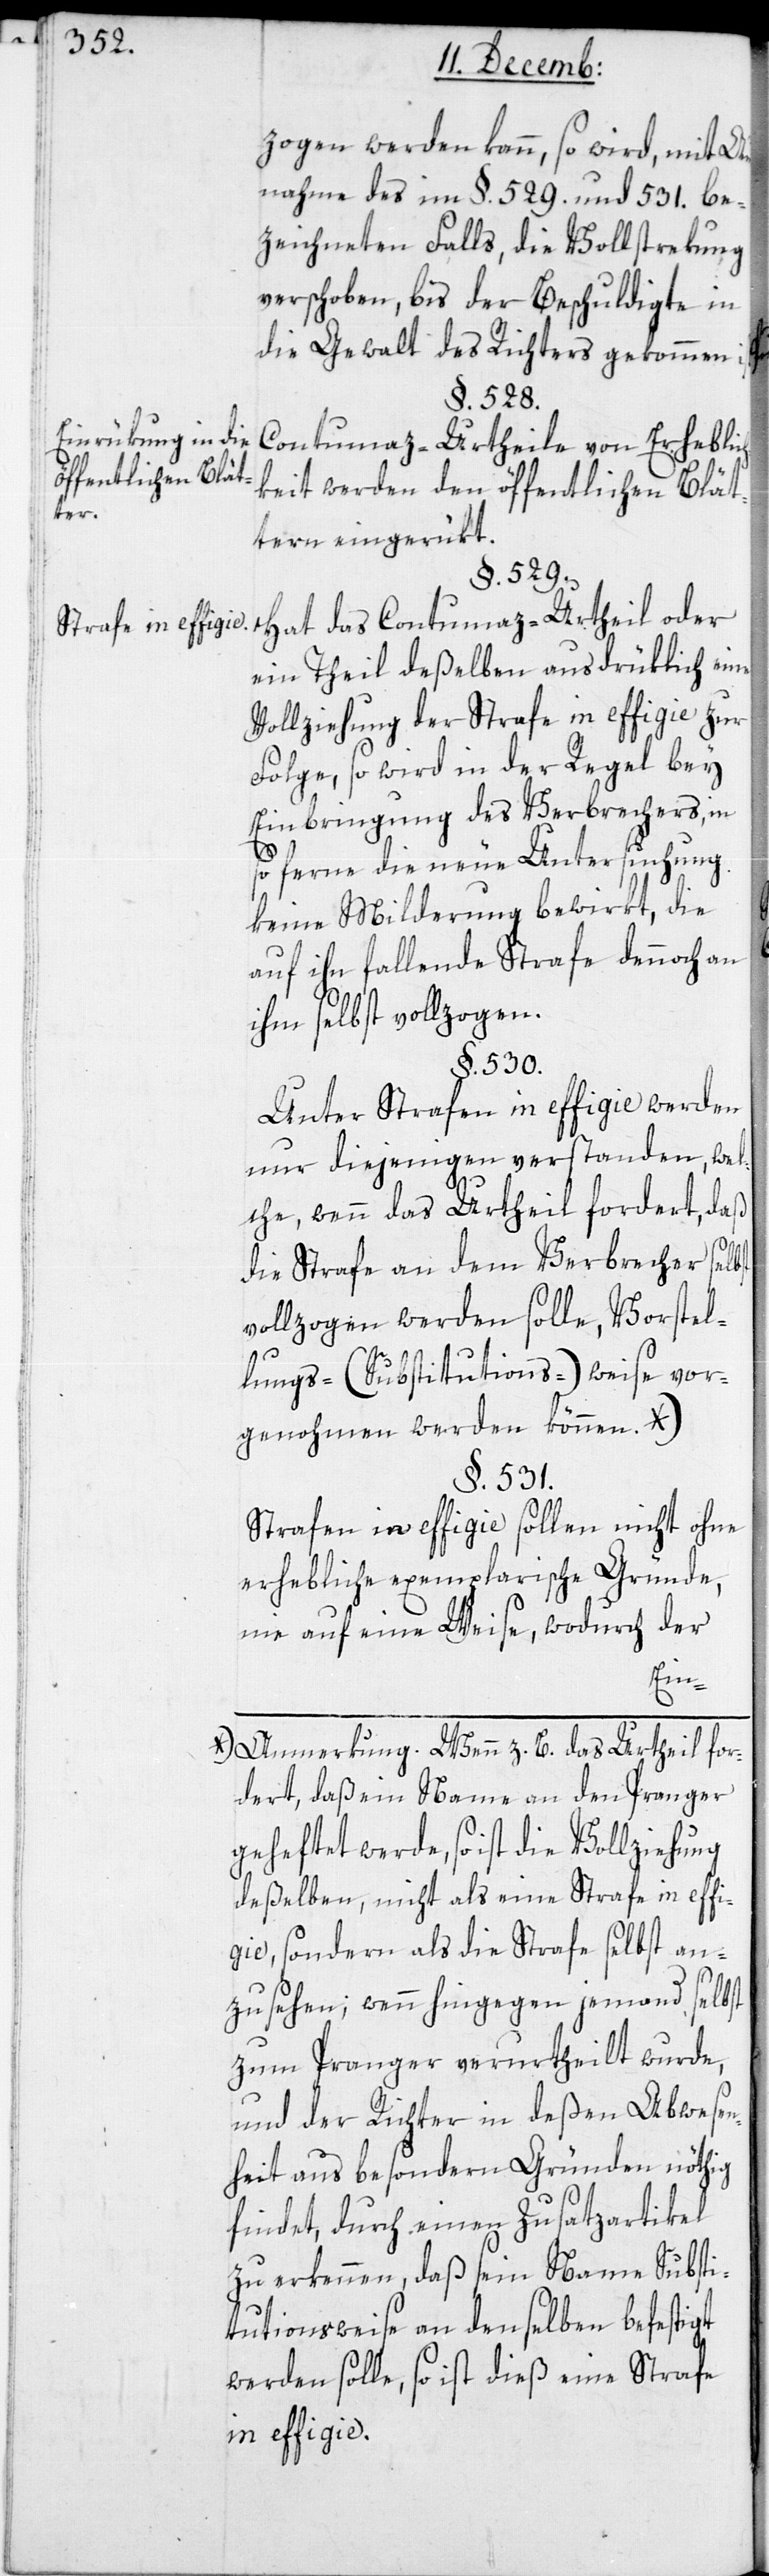
Einrükung in die
öffentlichen Blät¬
ter.
Strafe in effigie.

zogen werden kann, so wird mit Aus¬
nahme des im §. 529. und 531. be¬
zeichneten Falls, die Vollstrekung
verschoben, bis der Beschuldigte in
die Gewalt des Richters gekommen ist.
§. 530.
Contumaz-Urtheile von Erhebli¬
keit werden den öffentlichen Blät¬
tern eingerükt.
§. 529.
Hat das Contumaz-Urtheil oder
ein Theil deßelben ausdrüklich eine
Vollziehung der Strafe in effigie zur
Folge, so wird in der Regel bey
Einbringung des Verbrechers, in
so ferne die neue Untersuchung
keine Milderung bewirkt, die
auf ihn fallende Strafe dennoch an
ihm selbst vollzogen.
Unter Strafen in effigie werden
nur diejenigen verstanden, wel¬
che, wenn das Urtheil fordert, daß
die Strafe an dem Verbrecher selbst
vollzogen werden solle, Vorstel¬
lungs- (Substitutions-) weise vor¬
genohmen werden können. *)
§. 531.
Strafen in effigie sollen nicht ohne
erhebliche exemplarische Gründe,
nie auf eine Weise, wodurch der
ch¬
*) Anmerkung. Wenn z. B. das Urtheil for¬
dert, daß ein Name an den Pranger
deßelben, nicht als eine Strafe in effi¬
gie, sondern als die Strafe selbst an¬
zusehen; wenn hingegen jemand selbst
zum Pranger verurtheilt wurde,
und der Richter in deßen Abwesen¬
heit aus besondern Gründen nöthig
findet, durch einen Zusatzartikel
zu erkennen, daß sein Name Substi¬
tutionsweise an denselben befestigt
werden solle, so ist dieß eine Strafe
in effigie.